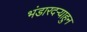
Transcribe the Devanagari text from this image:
भंडारदऱ्याहुन